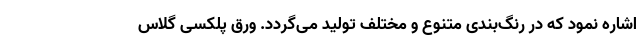
اشاره نمود که در رنگ‌بندی متنوع و مختلف تولید می‌گردد. ورق پلکسی گلاس